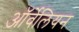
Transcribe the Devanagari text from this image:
ऑर्वेलियन